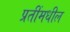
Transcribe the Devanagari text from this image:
प्रतींमधील